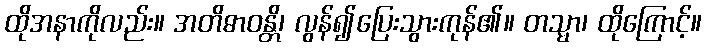
ထိုအနာကိုလည်း။ အတိဓာဝန္တိ၊ လွန်၍ပြေးသွားကုန်၏။ တသ္မာ၊ ထိုကြောင့်။